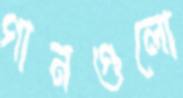
গানগুলো